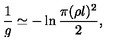
\frac { 1 } { g } \simeq - \ln \frac { \pi ( \rho l ) ^ { 2 } } { 2 } ,